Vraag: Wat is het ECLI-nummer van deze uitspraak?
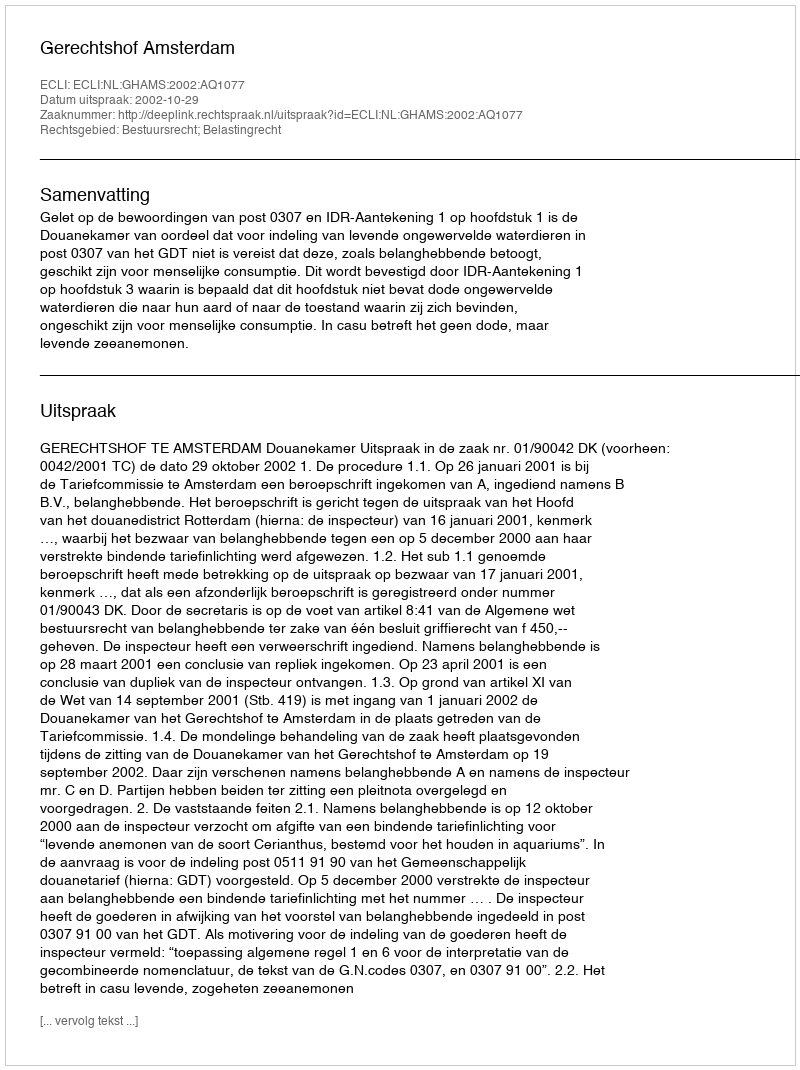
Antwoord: ECLI:NL:GHAMS:2002:AQ1077